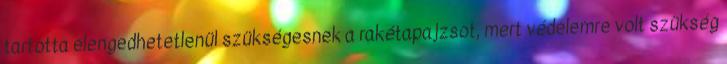
tartotta elengedhetetlenül szükségesnek a rakétapajzsot, mert védelemre volt szükség